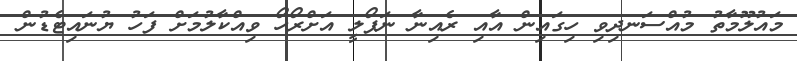
މައުލޫމާތު މުއްސަނދިވި ހިގައިން އާއި ރެއިނާ ނަޕޯލީ އަށްރޯހޯ ވިއްކާލުމަށް ފަހު ޔުނައިޓެޑުން